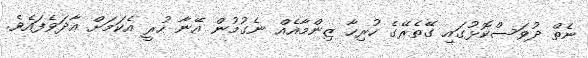
ނެތް ދުވަސްކޮޅުގައި ގޭތެރޭގެ ހުރިހާ ޒިންމާއެއް ނެގުމުން އޭނާ ހުރީ އެކަމަށް އާދަވެފައެވެ.